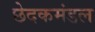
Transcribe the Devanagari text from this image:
छेदकमंडल